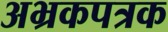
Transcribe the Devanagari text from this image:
अभ्रकपत्रक